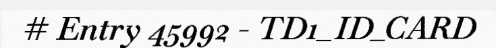
# Entry 45992 - TD1_ID_CARD